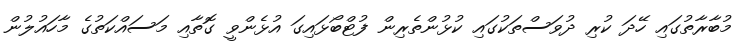
މުބާރާތުގައި ހޭދަ ކުރި ދުވަސްތަކުގައި ކުޅުންތެރިން ފުޓްބޯޅައިގަ އުޅެންވީ ގޮތާއި މަސައްކަތުގެ މާހައުލުން